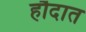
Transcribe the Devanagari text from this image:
हौदात